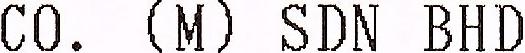
CO. (M) SDN BHD